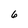
Character: 6